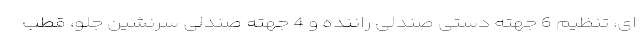
ای، تنظیم 6 جهته دستی صندلی راننده و 4 جهته صندلی سرنشین جلو، قطب